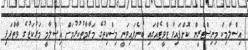
އިސްލާމިކް މިނިސްޓްރީން ކޮށްފައިވާ ޓްވީޓެއްގައި ބުނެފައިވަނީ މިސްކިތުގެ މަރާމާތުކުރުމަށް އިސްލާމީ މަރުކަޒުގެ ވާތްފަޅި